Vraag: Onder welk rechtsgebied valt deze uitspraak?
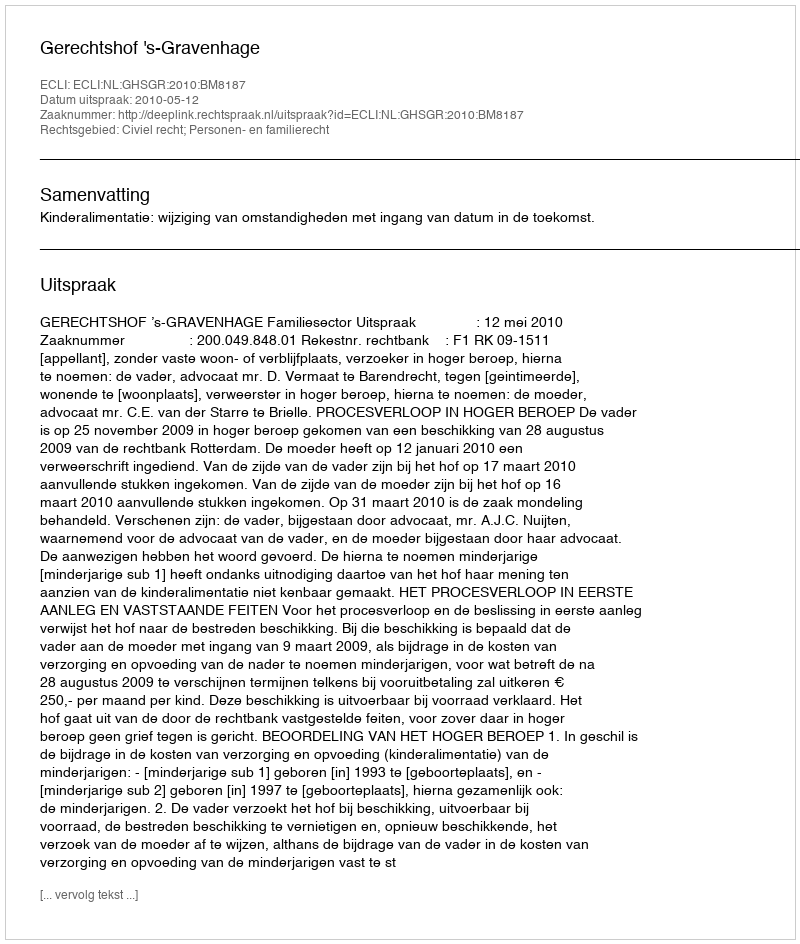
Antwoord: Civiel recht; Personen- en familierecht